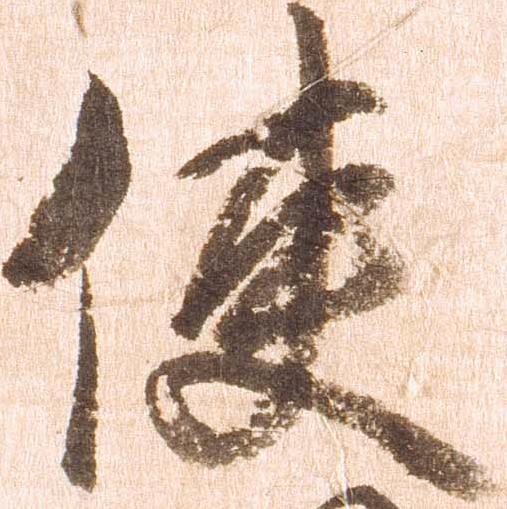
使